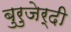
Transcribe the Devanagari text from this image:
बुरुजेर्दी